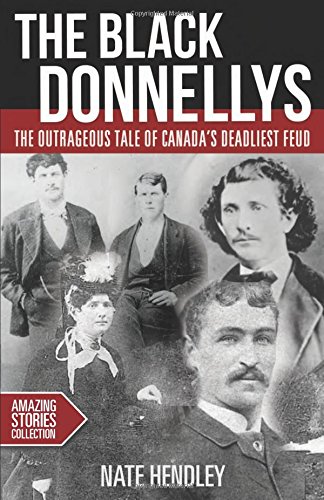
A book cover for The Black Donnellys: The outrageous tale of Canada's deadliest feud (Amazing Stories); Nate Hendley; Biographies & Memoirs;